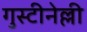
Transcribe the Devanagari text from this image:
गुस्टीनेल्ली